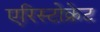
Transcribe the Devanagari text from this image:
एरिस्टोक्रेट